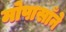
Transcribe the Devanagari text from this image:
मोपासाँने